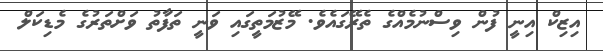
އިޒިކް އިނީ ފުން ވިސްނުމެއްގެ ތެރޭގައެވެ. މޭޒުމަތީގައި ވަނީ ތަފާތު ވަށްތަރުގެ މެޑިކަލް